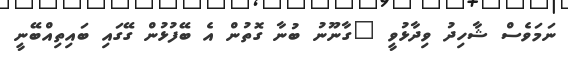
ނަމަވެސް ޝާހިދު ވިދާޅުވީ "ގާނޫނު ބުނާ ގޮތުން އެ ބޭފުޅުން ގޭގައި ބައިތިއްބޭނީ